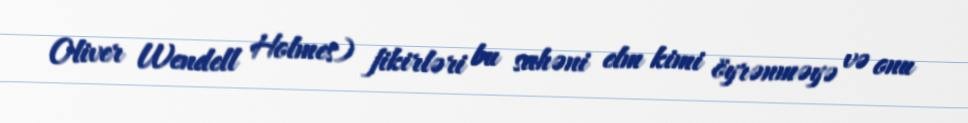
Oliver Wendell Holmes) fikirləri bu sahəni elm kimi öyrənməyə və onu